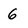
Character: 6